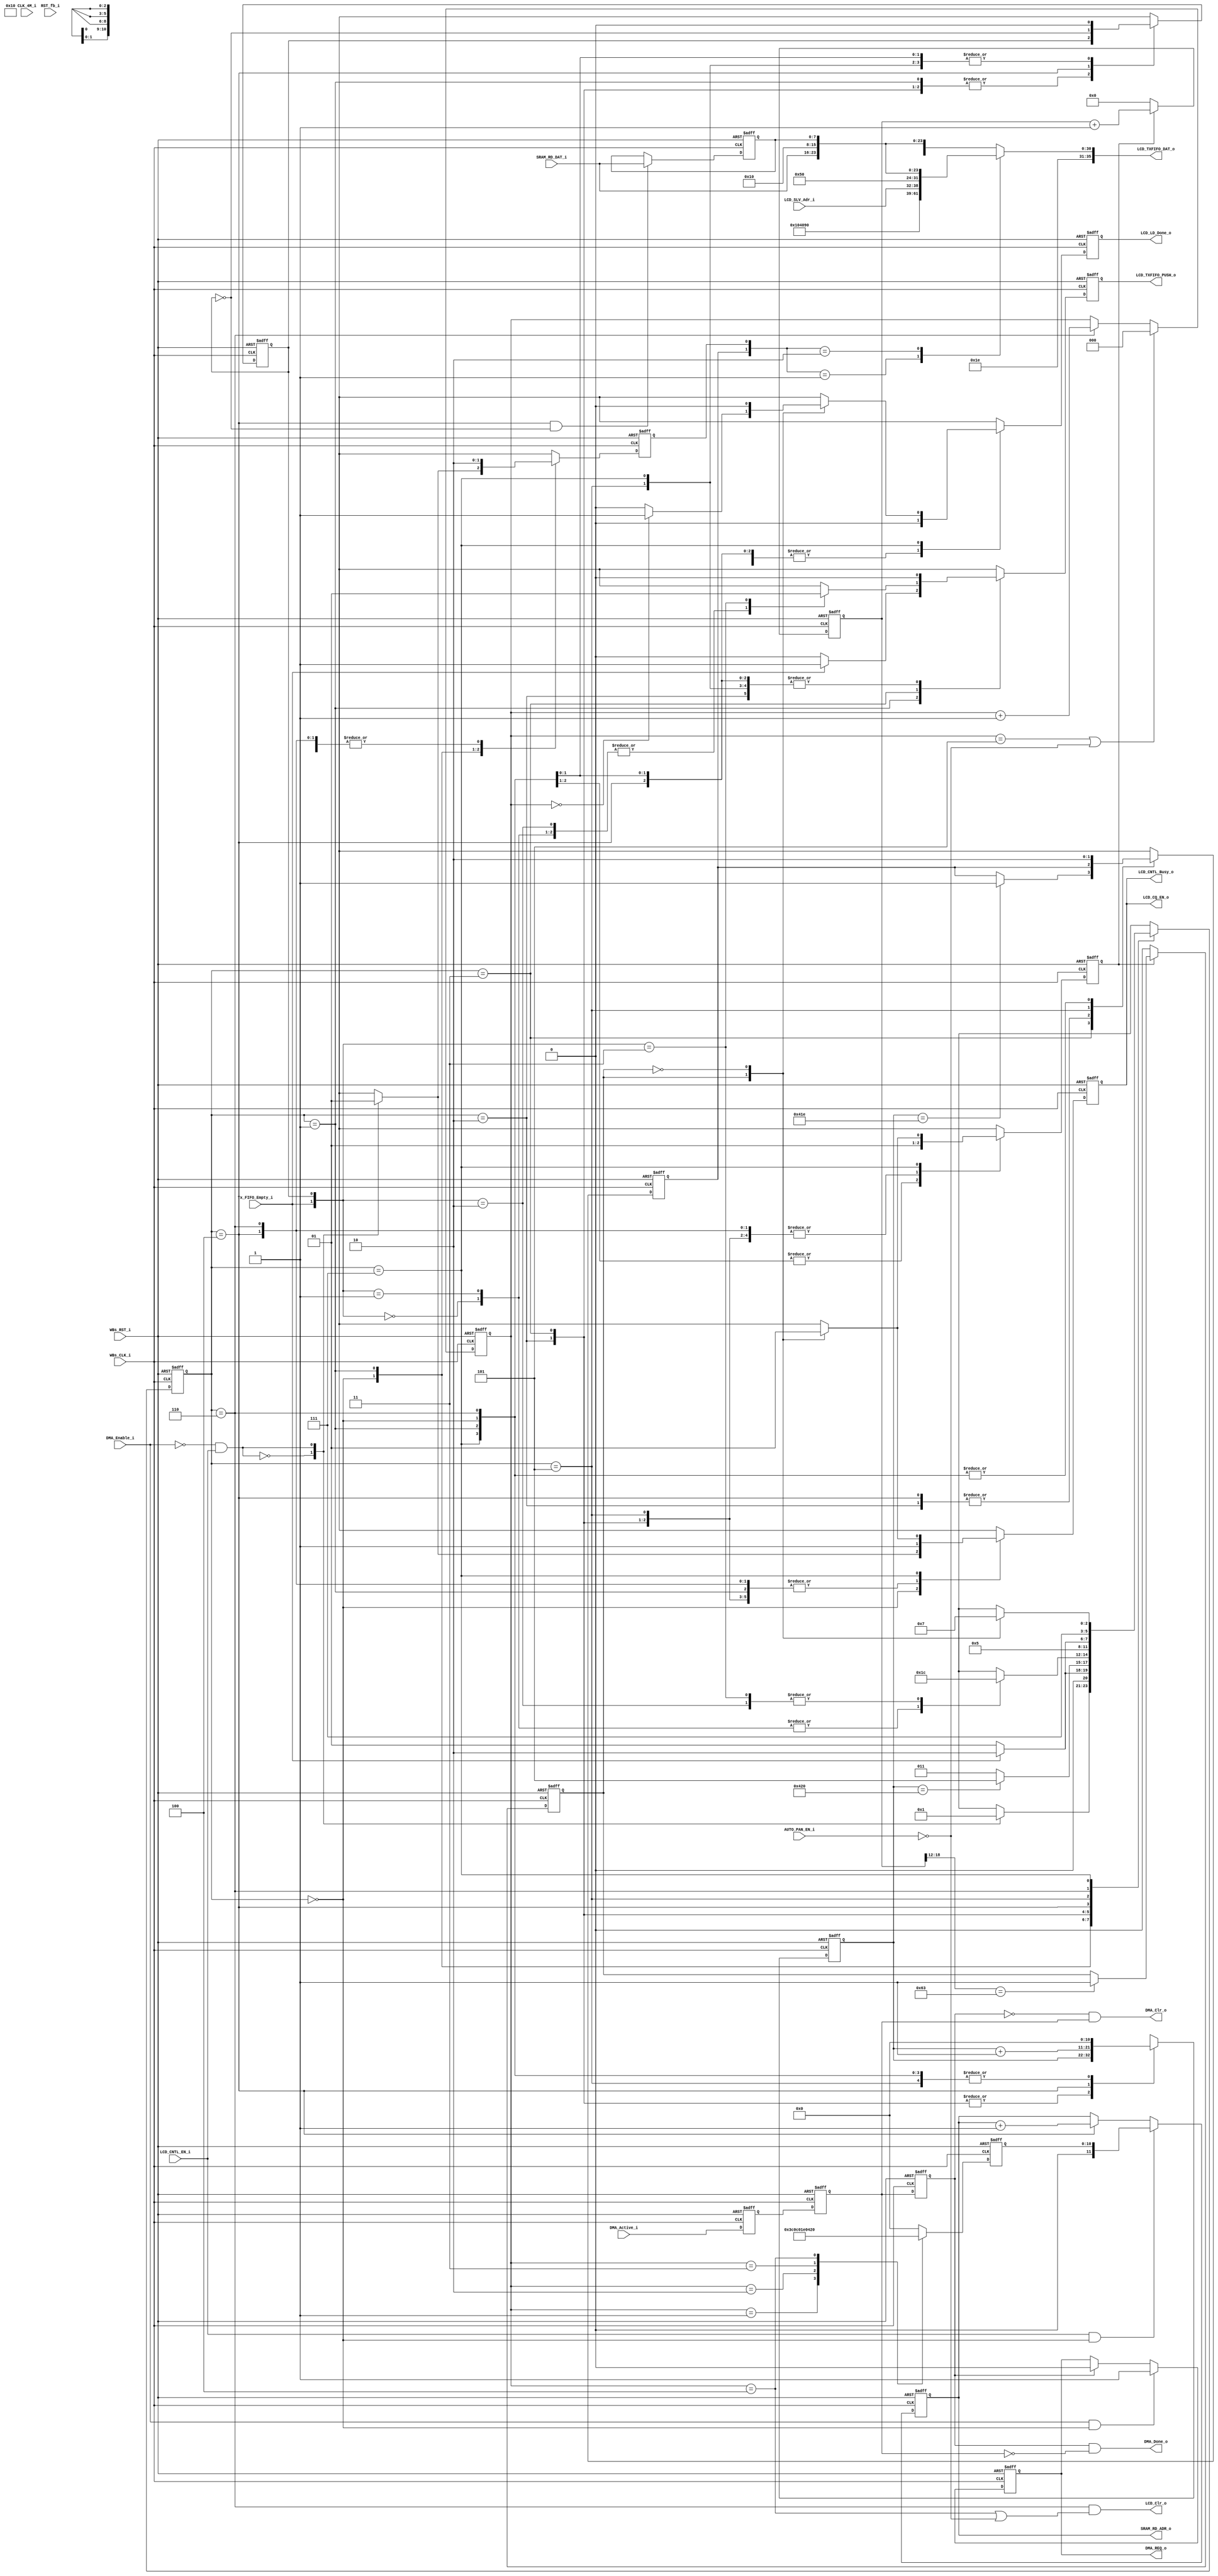
// -----------------------------------------------------------------------------
// title          : LCD Controller State machine Module
// project        : Tamar2 Device
// -----------------------------------------------------------------------------
// company        : QuickLogic Corp
// last update    : 2016/06/06
// platform       : ArcticLink 4 S3B
// standard       : Verilog 2001
// -----------------------------------------------------------------------------
// description: HRM DMA controller
// -----------------------------------------------------------------------------
// copyright (c) 2016
// -----------------------------------------------------------------------------
// revisions  :
// date            version    author         description
// 2016/06/06     1.0        Rakesh. M         created / Initial Release
// -----------------------------------------------------------------------------
// Comments: This solution is specifically for use with the QuickLogic
//           AL4S3B device. 
// -----------------------------------------------------------------------------

`timescale 1ns/10ps

module LCD_Controller_StateMachine (

						 CLK_4M_i,
						 RST_fb_i,
						
                         WBs_CLK_i,
                         WBs_RST_i,

                         LCD_TXFIFO_DAT_o,
                         LCD_TXFIFO_PUSH_o,
						 LCD_CQ_EN_o,
						 Tx_FIFO_Empty_i,
						 
						 LCD_CNTL_EN_i,
						 AUTO_PAN_EN_i,
						 //LCD_PAN_EN_i,
						 //LCD_PAN_RNL_i,
						 //LCD_Dp_Strt_Adr_i,
						 LCD_SLV_Adr_i,
                         LCD_CNTL_Busy_o,
						 LCD_Clr_o,
						 LCD_LD_Done_o,
			 
						 SRAM_RD_ADR_o,
						 SRAM_RD_DAT_i,
						 
						 DMA_REQ_o,
						 DMA_Active_i,

                         DMA_Enable_i,
						 DMA_Done_o,
                         DMA_Clr_o

                         );
  

//------Port Parameters----------------
//

//
// None at this time
//

//-----Port Signals--------------------
//  

input                    WBs_CLK_i;           // Fabric Clock               from Fabric
input                    WBs_RST_i;           // Fabric Reset               to   Fabric

output            [35:0] LCD_TXFIFO_DAT_o;
output                   LCD_TXFIFO_PUSH_o;
output 					 LCD_CQ_EN_o;

input                    LCD_CNTL_EN_i;
input					 AUTO_PAN_EN_i;
//input                    LCD_PAN_EN_i;
//input                    LCD_PAN_RNL_i;
//input			  [11:0] LCD_Dp_Strt_Adr_i;
input			  [6:0]	 LCD_SLV_Adr_i;
output                   LCD_CNTL_Busy_o;
output                   LCD_Clr_o;
output                   LCD_LD_Done_o;

output            [11:0] SRAM_RD_ADR_o;
input             [7:0]  SRAM_RD_DAT_i;

output                   DMA_REQ_o;
input                    DMA_Active_i;

output                   DMA_Clr_o;
output                   DMA_Done_o;
input                    DMA_Enable_i;

input 					 Tx_FIFO_Empty_i;

input 					 CLK_4M_i; 
input 					 RST_fb_i;


wire                     WBs_CLK_i;
wire                     WBs_RST_i;

reg 					 DMA_REQ_o;
wire                     DMA_Enable_i;
wire 					 DMA_Done_o;
wire	             	 DMA_Clr_o;

reg            			 dma_active_i_1ff;
reg            			 dma_active_i_2ff;
reg            			 dma_active_i_3ff;

wire					 LCD_Enable;

reg                      LCD_CNTL_Busy_o;
reg                      LCD_CNTL_Busy_o_nxt; 

reg                      frm_cnt_strt;
reg                      frm_cnt_strt_nxt;

reg            [10:0]  	 i2c_trnfr_cnt;
reg            [10:0]  	 i2c_trnfr_cnt_nxt;

reg                      start_phase; 
reg                      stop_phase; 
reg                      fifo_push_dat;

reg                      start_phase_nxt; 
reg                      stop_phase_nxt; 
reg                      fifo_push_dat_nxt;

reg                      UP_DAT_Phase;
reg                      UP_DAT_Phase_nxt;

reg            [11:0] 	 SRAM_RD_ADR_o;

reg            [7:0]    dat_byte_l;

reg            [35:0] LCD_TXFIFO_DAT_o;

reg		   [10:0] lcd_dp_strt_adr;

reg            [2:0]    fr_cnt;


reg            [18:0]   frt_tim_cnt;
reg               frt_done;

//reg               frt_done_r;
//reg               frt_done_r1;

//reg               idle_st_r;
//reg               idle_st_r1;

reg 			lcd_load_done_nxt;
reg				LCD_LD_Done_o;


//------Define Parameters---------
//

//
// Define the Command Queue Statemachine States
//
// Note: These states are chosen to allow for overlap of various signals
//       during operation. This overlap should help reduce timing
//       dependancies.
//

parameter LCD_IDLE              = 3'h0;
parameter LCD_START             = 3'h1;
//parameter LCD_START_Done        = 3'h2;
parameter LCD_EVAL              = 3'h2;
parameter LCD_DAT_TRNFER        = 3'h3;
parameter LCD_DAT_TRNFER_Done   = 3'h4;
parameter LCD_STOP              = 3'h5;
parameter LCD_STOP_Done         = 3'h6;
parameter LCD_FRT_Done          = 3'h7;

parameter I2C_COMMAND_REG_ADR  = 3'h4;
parameter I2C_TRANSMIT_REG_ADR = 3'h3;

parameter DMA_SRAM_WR_ADR1  = 8'h0;
parameter DMA_SRAM_WR_ADR2  = 8'h1;



parameter STRT_WR_CMD  = 8'h90;
parameter CNT_WR_CMD   = 8'h10;
parameter STOP_CMD     = 8'h40;

parameter SRAM_END_ADR   = 12'h840;

//-----Internal Signals--------------------
//


//
// Define the Statemachine registers
//
reg               [2:0]  LCD_State            ;
reg               [2:0]  LCD_State_nxt        ;


//------Logic Operations----------
//
assign LCD_TXFIFO_PUSH_o = fifo_push_dat;
assign LCD_CQ_EN_o = LCD_CNTL_Busy_o;
//assign LCD_LD_Done_o = ((LCD_State == LCD_STOP_Done) & ((fr_cnt== 3'h4) | (~AUTO_PAN_EN_i)));
//assign LCD_Clr_o = (LCD_State == LCD_STOP);
assign LCD_Clr_o = ((LCD_State == LCD_STOP_Done) & ((fr_cnt== 3'h4) | (~AUTO_PAN_EN_i)));

// DMA Section: 

always @(posedge WBs_CLK_i or posedge WBs_RST_i) 
begin
    if (WBs_RST_i)
    begin
        DMA_REQ_o           <=  1'b0 ;
    end
    else 
    begin  
		if (DMA_Enable_i && LCD_State == LCD_IDLE)
			DMA_REQ_o           <=  1'b1;
		else if (dma_active_i_3ff)
			DMA_REQ_o           <=  1'b0;
		else 
			DMA_REQ_o           <=  DMA_REQ_o;
 	end
end  

assign DMA_Clr_o  = ~dma_active_i_3ff & dma_active_i_2ff;
assign DMA_Done_o =  dma_active_i_3ff & ~dma_active_i_2ff;

//syncing to CLK_4M_i domain
/*
always @(posedge CLK_4M_i or posedge RST_fb_i) 
begin
    if (RST_fb_i)
    begin
        idle_st_r         <=  1'b1 ;
		idle_st_r1        <=  1'b1 ;
    end
    else 
    begin  
		idle_st_r         <=  ~frm_cnt_strt;
		idle_st_r1        <=  idle_st_r ;
 	end
end 
*/
//frame refresh timer count
/*
always @(posedge CLK_4M_i or posedge RST_fb_i) 
begin
    if (RST_fb_i)
    begin
        frt_tim_cnt    <=  19'h0 ;
    end
    else 
    begin  
		if (idle_st_r1)
			frt_tim_cnt    <=  19'h0 ;
		else 
			frt_tim_cnt  <=  frt_tim_cnt + 1'b1;
 	end
end 
*/
always @(posedge WBs_CLK_i or posedge WBs_RST_i) 
begin
    if (WBs_RST_i)
    begin
        frt_tim_cnt    <=  19'h0 ;
    end
    else 
    begin  
		if (frm_cnt_strt == 1'b0)
			frt_tim_cnt    <=  19'h0 ;
		else 
			frt_tim_cnt  <=  frt_tim_cnt + 1'b1;
 	end
end 

/*
always @(posedge CLK_4M_i or posedge RST_fb_i) 
begin
    if (RST_fb_i)
    begin
        frt_done         <=  1'b0 ;
    end
    else 
    begin  
		if (idle_st_r1)
			frt_done    <=  1'b0 ;
		else if (frt_tim_cnt[18:12] == 7'h41)
			frt_done  	<=  1'b1 ;
		else 
			frt_done  <=  frt_done;
 	end
end 
*/
always @(posedge WBs_CLK_i or posedge WBs_RST_i) 
begin
    if (WBs_RST_i)
    begin
        frt_done         <=  1'b0 ;
    end
    else 
    begin  
		if (frm_cnt_strt == 1'b0)
			frt_done    <=  1'b0 ;
		else if (frt_tim_cnt[18:12] == 7'h63)
			frt_done  	<=  1'b1 ;
		else 
			frt_done  <=  frt_done;
 	end
end 

//syncing to WBs_CLK_i domain
/*
always @(posedge WBs_CLK_i or posedge WBs_RST_i) 
begin
    if (WBs_RST_i)
    begin
        frt_done_r         <=  1'b0 ;
		frt_done_r1        <=  1'b0 ;
    end
    else 
    begin  
		frt_done_r         <=  frt_done ;
		frt_done_r1        <=  frt_done_r ;
 	end
end 
*/

// Frame Count
always @(posedge WBs_CLK_i or posedge WBs_RST_i) 
begin
    if (WBs_RST_i)
    begin
        fr_cnt           <=  3'h0 ;
    end
    else 
    begin  
		if ( fr_cnt == 3'h5 || ~AUTO_PAN_EN_i)
			fr_cnt  <=  3'h0 ;
		else if (LCD_State == LCD_STOP_Done)
			fr_cnt  <=  fr_cnt + 1'b1;
		else 
			fr_cnt  <=  fr_cnt;
 	end
end 

//SRAM Jump Address
always @(posedge WBs_CLK_i or posedge WBs_RST_i) 
begin
    if (WBs_RST_i)
    begin
        lcd_dp_strt_adr           <=  11'h0 ;
    end
    else 
    begin  
        case(fr_cnt)
		3'b001:
		begin
			lcd_dp_strt_adr    <= 11'h1e0; 
		end
		3'b010:
		begin
			lcd_dp_strt_adr    <= 11'h300;  
		end
		3'b011:
		begin
			lcd_dp_strt_adr    <= 11'h3c0;  
		end
		3'b100:
		begin
			lcd_dp_strt_adr    <= 11'h420;  
		end
		default:
		begin
			lcd_dp_strt_adr    <=  11'h0 ; 
		end
        endcase
 	end
end  

// SRAM RD Address generation 
always @(posedge WBs_CLK_i or posedge WBs_RST_i) 
begin
    if (WBs_RST_i)
    begin
        SRAM_RD_ADR_o           <=  12'h0 ;
    end
    else 
    begin  
		if (LCD_CNTL_EN_i && LCD_State == LCD_IDLE)
			SRAM_RD_ADR_o  <=  {1'b0,lcd_dp_strt_adr};
		else if (LCD_State == LCD_DAT_TRNFER_Done)
			SRAM_RD_ADR_o  <=  SRAM_RD_ADR_o + 1'b1;
		else 
			SRAM_RD_ADR_o  <=  SRAM_RD_ADR_o;
 	end
end  

//
always @(posedge WBs_CLK_i or posedge WBs_RST_i) 
begin
    if (WBs_RST_i)
    begin
        LCD_State           <= LCD_IDLE;
        LCD_CNTL_Busy_o     <=  1'b0;
        UP_DAT_Phase        <=  1'b0;
		start_phase         <=  1'b0;
        stop_phase          <=  1'b0;
        fifo_push_dat       <=  1'b0;
		i2c_trnfr_cnt		<=  12'h0;
		dma_active_i_1ff	<=  1'b0;
		dma_active_i_2ff	<=  1'b0;
		dma_active_i_3ff	<=  1'b0;
		frm_cnt_strt	    <= 1'b0;
		LCD_LD_Done_o 		<= 1'b0;
    end
    else 
    begin  
        LCD_State           <=  LCD_State_nxt;
        LCD_CNTL_Busy_o     <=  LCD_CNTL_Busy_o_nxt;
        UP_DAT_Phase       	<=  UP_DAT_Phase_nxt;
		start_phase       	<=  start_phase_nxt; 
        stop_phase        	<=  stop_phase_nxt;
        fifo_push_dat     	<=  fifo_push_dat_nxt;
       	i2c_trnfr_cnt    	<=  i2c_trnfr_cnt_nxt;
		dma_active_i_1ff	<= DMA_Active_i;
		dma_active_i_2ff	<= dma_active_i_1ff;
		dma_active_i_3ff    <= dma_active_i_2ff;
		frm_cnt_strt	    <= frm_cnt_strt_nxt;
		LCD_LD_Done_o 		<= lcd_load_done_nxt;
 	end
end  
 
always @(
         dat_byte_l          or
		 SRAM_RD_DAT_i       or
		 start_phase         or
		 stop_phase     	 or
		 LCD_SLV_Adr_i
		 )
 begin
    case({stop_phase,start_phase})
    2'b01    : LCD_TXFIFO_DAT_o <= {4'hF,8'h10,8'h40,8'h90,LCD_SLV_Adr_i,1'b0};
    2'b10    : LCD_TXFIFO_DAT_o <= {4'hF,8'h50,SRAM_RD_DAT_i,8'h10,dat_byte_l};
	default  : LCD_TXFIFO_DAT_o <= {4'hF,8'h10,SRAM_RD_DAT_i,8'h10,dat_byte_l};
	endcase
end

always @(posedge WBs_CLK_i or posedge WBs_RST_i) 
begin
    if (WBs_RST_i)
    begin
        dat_byte_l  <=  8'h0  ;
    end
    else 
    begin  
		if (LCD_State == LCD_DAT_TRNFER_Done && (~UP_DAT_Phase))
		    dat_byte_l  <=  SRAM_RD_DAT_i;
		else
			dat_byte_l  <=  dat_byte_l;
 	  end
end 

assign LCD_Enable = ~DMA_Enable_i & LCD_CNTL_EN_i;

// Define the LCD State machine
//
always @( LCD_State          or
          LCD_Enable         or
          UP_DAT_Phase       or
          Tx_FIFO_Empty_i    or
          i2c_trnfr_cnt      or
		  UP_DAT_Phase       or
		  //frt_done_r1        or
		  frt_done	         or
		  fr_cnt			 or
		  stop_phase
         )
begin
    case(LCD_State)
    LCD_IDLE:
	begin

		UP_DAT_Phase_nxt    	   <= 1'b0;  
		i2c_trnfr_cnt_nxt  		   <= 12'h0; 
		stop_phase_nxt    	       <= 1'b0; 
		fifo_push_dat_nxt    	   <= 1'b0; 
		frm_cnt_strt_nxt    	   <= 1'b0;
		lcd_load_done_nxt   <= 1'b0;
		
		case(LCD_Enable)
		1'b0:    // No Activity
		begin
            LCD_State_nxt          <= LCD_IDLE;
		    LCD_CNTL_Busy_o_nxt    <= 1'b0;
			start_phase_nxt        <= 1'b0; 
        end
		1'b1:    // Start the LCD image loading
		begin
            LCD_State_nxt          <= LCD_START;
		    LCD_CNTL_Busy_o_nxt    <= 1'b1;
			start_phase_nxt        <= 1'b1;
        end
        endcase

	end
	LCD_START:
    begin
        case(Tx_FIFO_Empty_i)
        1'b1:                                           
        begin
            LCD_State_nxt      	<= LCD_EVAL ;  
			LCD_CNTL_Busy_o_nxt <= 1'b1;
			UP_DAT_Phase_nxt    <= UP_DAT_Phase;
			i2c_trnfr_cnt_nxt  	<= 12'h0;
			start_phase_nxt     <= 1'b1;   
			stop_phase_nxt      <= 1'b0; 
			fifo_push_dat_nxt   <= 1'b1; 
			frm_cnt_strt_nxt    <= 1'b0;
			lcd_load_done_nxt   <= 1'b0;
		end
        default:
        begin
            LCD_State_nxt      	<= LCD_START ;  
			LCD_CNTL_Busy_o_nxt <= 1'b1;
			UP_DAT_Phase_nxt   <= UP_DAT_Phase;
			i2c_trnfr_cnt_nxt  	<= 12'h0;
			start_phase_nxt     <= 1'b1;   
			stop_phase_nxt      <= 1'b0; 
			fifo_push_dat_nxt   <= 1'b0; 
			frm_cnt_strt_nxt    <= 1'b0;
			lcd_load_done_nxt   <= 1'b0;
        end
        endcase
    end
/*	
	LCD_START_Done:
    begin
            LCD_State_nxt      	<= LCD_EVAL ;  
			LCD_CNTL_Busy_o_nxt <= 1'b1;
			UP_DAT_Phase_nxt   <= UP_DAT_Phase;
			i2c_trnfr_cnt_nxt  	<= 12'h0;
			start_phase_nxt     <= 1'b0;   
			stop_phase_nxt      <= 1'b0; 
			fifo_push_dat_nxt   <= 1'b0; 
	end
*/
	LCD_EVAL:
    begin
        case( i2c_trnfr_cnt)
        12'h420: 
        begin
            LCD_State_nxt      	<= LCD_STOP ;  
			LCD_CNTL_Busy_o_nxt <= 1'b1;
			UP_DAT_Phase_nxt   <= UP_DAT_Phase;
			i2c_trnfr_cnt_nxt  	<= i2c_trnfr_cnt;
			start_phase_nxt     <= 1'b0;   
			stop_phase_nxt      <= stop_phase; 
			fifo_push_dat_nxt   <= 1'b0;
			frm_cnt_strt_nxt    <= 1'b1;
			lcd_load_done_nxt   <= 1'b0;
        end
       default:
        begin
            LCD_State_nxt      	<= LCD_DAT_TRNFER;  
			LCD_CNTL_Busy_o_nxt <= 1'b1;
			UP_DAT_Phase_nxt   <= UP_DAT_Phase;
			i2c_trnfr_cnt_nxt  	<= i2c_trnfr_cnt;
			start_phase_nxt     <= 1'b0;   
			stop_phase_nxt      <= stop_phase; 
			fifo_push_dat_nxt   <= 1'b0; 
			frm_cnt_strt_nxt    <= 1'b1;
			lcd_load_done_nxt   <= 1'b0;
        end
        endcase
    end
	LCD_DAT_TRNFER:
    begin
        case( {Tx_FIFO_Empty_i, UP_DAT_Phase} )
		2'b00:
		begin
			fifo_push_dat_nxt    <= 1'b0; 
            LCD_State_nxt        <= LCD_DAT_TRNFER; 
		end
		2'b01:
		begin
			fifo_push_dat_nxt    <= 1'b0; 
            LCD_State_nxt        <= LCD_DAT_TRNFER; 
		end
		2'b10:
		begin
			fifo_push_dat_nxt    <= 1'b0; 
            LCD_State_nxt        <= LCD_DAT_TRNFER_Done; 
		end
		2'b11:
		begin
			fifo_push_dat_nxt    <= 1'b1; 
            LCD_State_nxt        <= LCD_DAT_TRNFER_Done; 
		end
        endcase
		frm_cnt_strt_nxt    <= 1'b1;
		LCD_CNTL_Busy_o_nxt <= 1'b1;
		UP_DAT_Phase_nxt    <= UP_DAT_Phase;
		i2c_trnfr_cnt_nxt  	<= i2c_trnfr_cnt;
		start_phase_nxt     <= 1'b0;   
		lcd_load_done_nxt   <= 1'b0;
		case( i2c_trnfr_cnt)
        12'h41E: 
        begin
			stop_phase_nxt      <= 1'b1; 
        end
        default:
        begin
			stop_phase_nxt      <= stop_phase; 
        end
        endcase
    end
	LCD_DAT_TRNFER_Done:
    begin
        LCD_State_nxt      	<= LCD_EVAL;  
		LCD_CNTL_Busy_o_nxt <= 1'b1;
		UP_DAT_Phase_nxt    <= ~UP_DAT_Phase;
		i2c_trnfr_cnt_nxt  	<= i2c_trnfr_cnt + 1'b1;
		start_phase_nxt     <= 1'b0;   
		stop_phase_nxt      <= stop_phase; 
		fifo_push_dat_nxt   <= 1'b0;
		frm_cnt_strt_nxt    <= 1'b1;
		lcd_load_done_nxt   <= 1'b0;
    end
	LCD_STOP:
	begin
        LCD_CNTL_Busy_o_nxt <= 1'b1;
		UP_DAT_Phase_nxt    <= 1'b0;
		i2c_trnfr_cnt_nxt  	<= 12'h0;
		start_phase_nxt     <= 1'b0;   
		stop_phase_nxt      <= 1'b1; 
		fifo_push_dat_nxt   <= 1'b0;
		frm_cnt_strt_nxt    <= 1'b1;
		lcd_load_done_nxt   <= 1'b0;
		case( Tx_FIFO_Empty_i)
		1'h1:
		begin 
			LCD_State_nxt     <= LCD_STOP_Done;
		end 
		default:
		begin 
			LCD_State_nxt     <= LCD_STOP;
		end 
		endcase
	end
	LCD_STOP_Done: 
	begin
        LCD_State_nxt      	<= LCD_FRT_Done;  
		LCD_CNTL_Busy_o_nxt <= 1'b1;
		UP_DAT_Phase_nxt    <= 1'b0; 
		i2c_trnfr_cnt_nxt  	<= 12'h0;
		start_phase_nxt     <= 1'b0;   
		stop_phase_nxt      <= 1'b0; 
		fifo_push_dat_nxt   <= 1'b0;
		frm_cnt_strt_nxt    <= 1'b1;
		lcd_load_done_nxt   <= 1'b0;
	end
	LCD_FRT_Done: 
	begin
		//case(frt_done_r1)
		case(frt_done)
		1'b1:    
		begin
            LCD_State_nxt          <= LCD_IDLE;
		    LCD_CNTL_Busy_o_nxt    <= 1'b0;
			frm_cnt_strt_nxt    <= 1'b0;
			case(fr_cnt)
            3'h0: 
			begin
				lcd_load_done_nxt      <= 1'b1; 
			end
			default:
			begin
				lcd_load_done_nxt      <= 1'b0;
			end
			endcase
        end
		1'b0:    
		begin
            LCD_State_nxt          <= LCD_FRT_Done;
		    LCD_CNTL_Busy_o_nxt    <= 1'b1;
			frm_cnt_strt_nxt       <= 1'b1;
			lcd_load_done_nxt      <= 1'b0;
        end
        endcase
		UP_DAT_Phase_nxt    <= 1'b0; 
		i2c_trnfr_cnt_nxt  	<= 12'h0;
		start_phase_nxt     <= 1'b0;   
		stop_phase_nxt      <= 1'b0; 
		fifo_push_dat_nxt   <= 1'b0;
	end
	default:
    begin
        LCD_State_nxt      	<= LCD_IDLE;  
		LCD_CNTL_Busy_o_nxt <= 1'b0;
		UP_DAT_Phase_nxt    <= 1'b0; 
		i2c_trnfr_cnt_nxt  	<= 12'h0;
		start_phase_nxt     <= 1'b0;   
		stop_phase_nxt      <= 1'b0; 
		fifo_push_dat_nxt   <= 1'b0;  
		frm_cnt_strt_nxt    <= 1'b0;
		lcd_load_done_nxt   <= 1'b0;
    end
	endcase
end	

endmodule